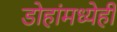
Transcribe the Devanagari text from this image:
डोहांमध्येही